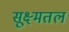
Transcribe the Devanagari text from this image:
सूक्ष्मतल